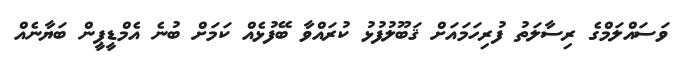
ވަސައްލަމްގެ ރިސާލަތު ފުރިހަމައަށް ޤަބޫލުފުޅު ކުރައްވާ ބޭފުޅެއް ކަމަށް ބުނެ އެމްޑީޕީން ބަޔާނެއް